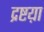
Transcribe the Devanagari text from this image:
द्रष्टय़ा